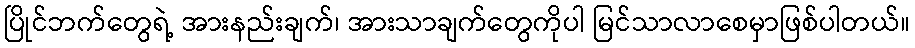
ပြိုင်ဘက်တွေရဲ့ အားနည်းချက်၊ အားသာချက်တွေကိုပါ မြင်သာလာစေမှာဖြစ်ပါတယ်။